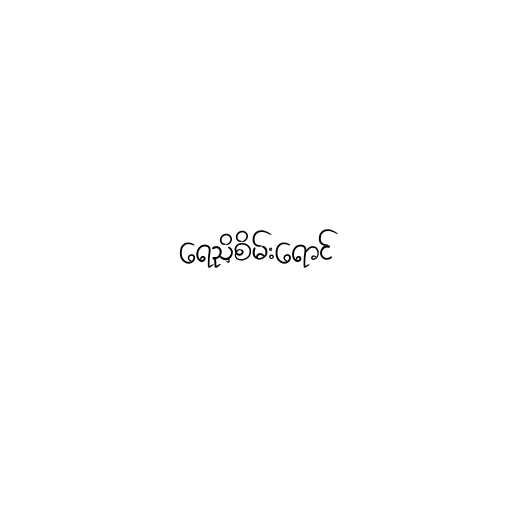
ရေညှိစိမ်းရောင်